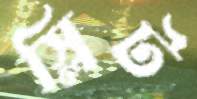
স্লিট